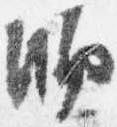
師